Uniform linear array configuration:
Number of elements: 12
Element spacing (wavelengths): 0.75
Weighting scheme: hamming
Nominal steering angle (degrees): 15
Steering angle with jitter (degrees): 16.339
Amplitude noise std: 0.05
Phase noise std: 0.05

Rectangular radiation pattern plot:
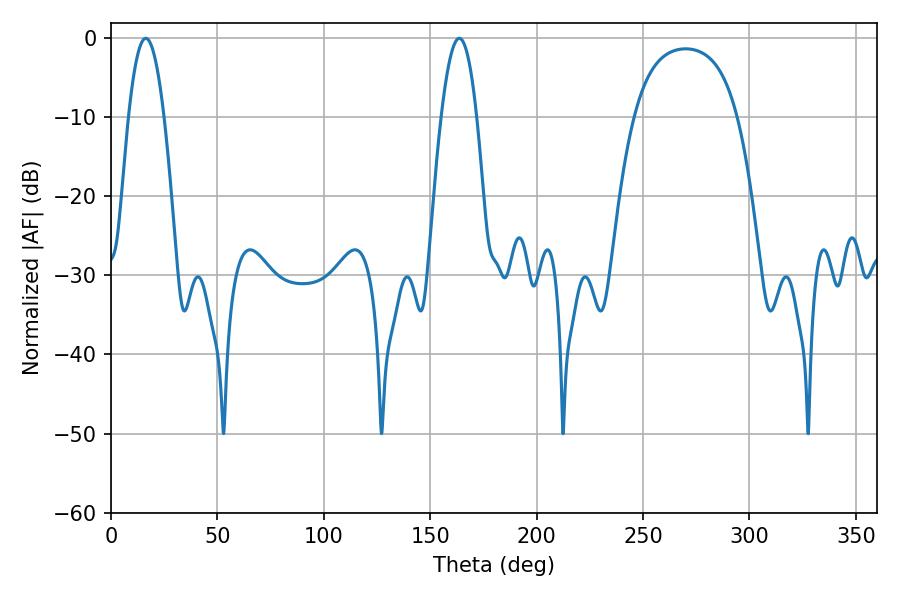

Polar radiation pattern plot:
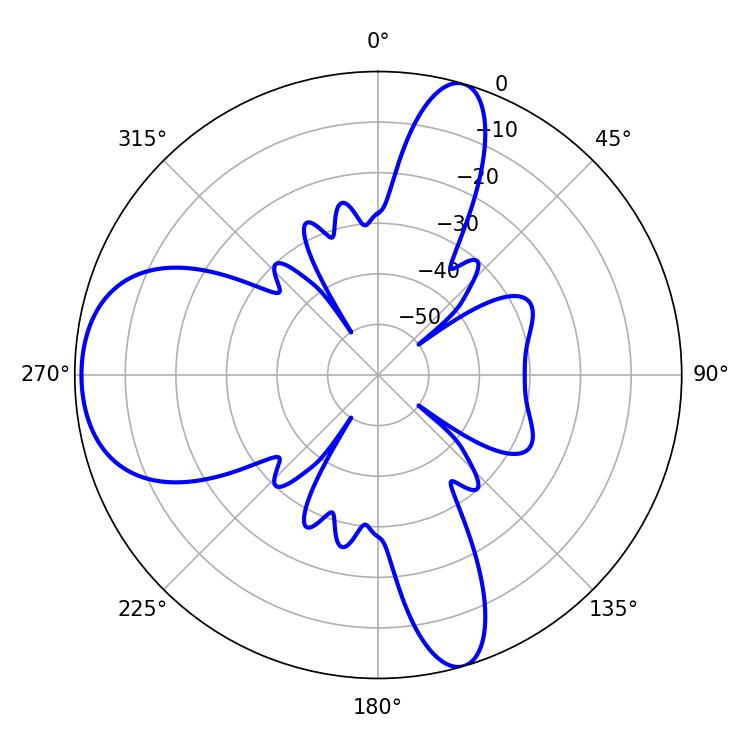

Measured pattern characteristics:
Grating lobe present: TRUE
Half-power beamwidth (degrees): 9
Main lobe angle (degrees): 16.38